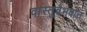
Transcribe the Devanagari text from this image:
वास्तुवैभवात